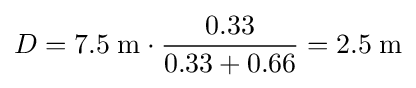
D=7.5\;\mathrm {m} \cdot {\frac {0.33}{0.33+0.66}}=2.5\;\mathrm {m}